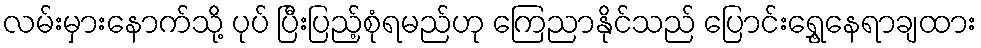
လမ်းမှားနောက်သို့ ပုပ် ပြီးပြည့်စုံရမည်ဟု ကြေညာနိုင်သည် ပြောင်းရွှေ့နေရာချထား